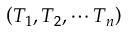
\left( T _ { 1 } , T _ { 2 } , \cdots T _ { n } \right)